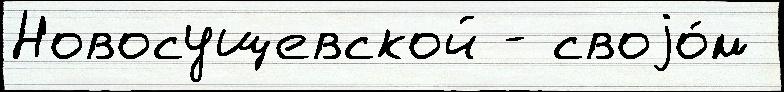
Новосущевской - своjо́м